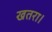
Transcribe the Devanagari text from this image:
खतरा।